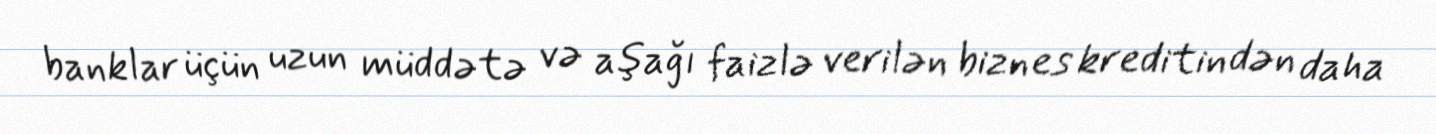
banklar üçün uzun müddətə və aşağı faizlə verilən biznes kreditindən daha